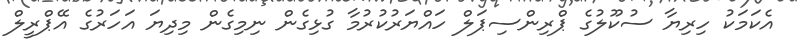
އެކަމަކު ހިރިޔާ ސުކޫލުގެ ޕްރިންސިޕަލް ހައްޔަރުކުރުމާ ގުޅިގެން ނިމިގެން މިދިޔަ އަހަރުގެ އޭޕްރީލް